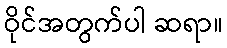
ဝိုင်အတွက်ပါ ဆရာ။